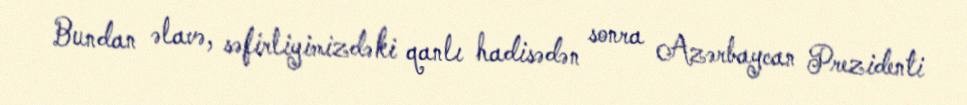
Bundan əlavə, səfirliyimizdəki qanlı hadisədən sonra Azərbaycan Prezidenti